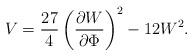
LaTeX: \begin{align*}V = \frac{27}{4} \left( \frac{\partial W}{\partial \Phi}\right)^2 - 12 W^2 .\end{align*}